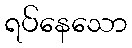
ရပ်နေသော